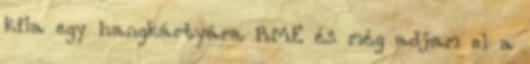
kila egy hangkártyára RME és még adjam el a